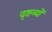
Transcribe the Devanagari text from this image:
दृष्टव्यों